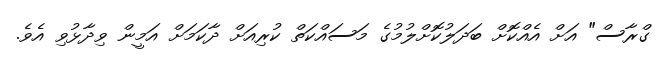
ގްރާސް" އަށް އެއްކޮށް ބަދަލުކޮށްލުމުގެ މަސައްކަތް ކުރިއަށް ދާކަމަށް އަމީން ވިދާޅުވި އެވެ.